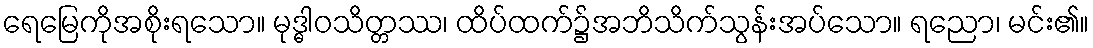
ရေမြေကိုအစိုးရသော။ မုဒ္ဓါဝသိတ္တဿ၊ ထိပ်ထက်၌အဘိသိက်သွန်းအပ်သော။ ရညော၊ မင်း၏။